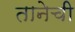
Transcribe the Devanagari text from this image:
तानेची